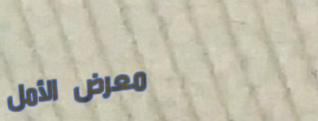
معرض الأمل